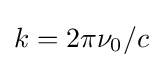
k=2\pi \nu _{0}/c